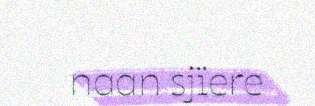
naan sjïere